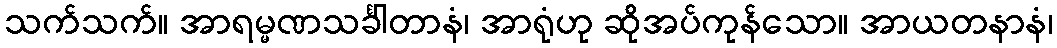
သက်သက်။ အာရမ္မဏသင်္ခါတာနံ၊ အာရုံဟု ဆိုအပ်ကုန်သော။ အာယတနာနံ၊